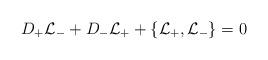
LaTeX: \begin{align*}D_+{\cal L}_-+D_-{\cal L}_++\{{\cal L}_+,{\cal L}_-\}=0\end{align*}